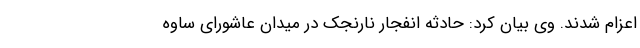
اعزام شدند. وی بیان کرد: حادثه انفجار نارنجک در میدان عاشورای ساوه